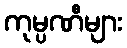
ကုမ္ပဏီများ